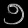
Digit: ၅